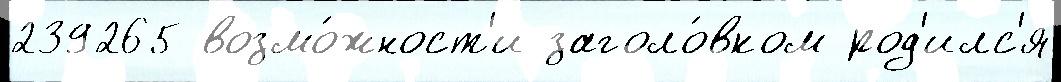
239265 возмо́жност'и заголо́вком род'илс'я